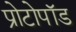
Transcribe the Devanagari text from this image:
प्रोटोपॉड